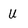
Character: U